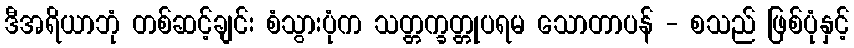
ဒီအရိယာဘုံ တစ်ဆင့်ချင်း စံသွားပုံက သတ္တက္ခတ္တုပရမ သောတာပန် - စသည် ဖြစ်ပုံနှင့်